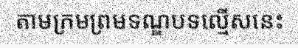
តាមក្រមព្រមទណ្ឌបទល្មើសនេះ